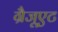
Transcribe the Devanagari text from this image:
ग्रैजूएट